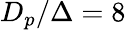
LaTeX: D_{p}/\Delta=8